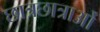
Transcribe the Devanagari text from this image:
छात्रछात्राओं